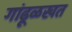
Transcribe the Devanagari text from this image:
गांढूळखत